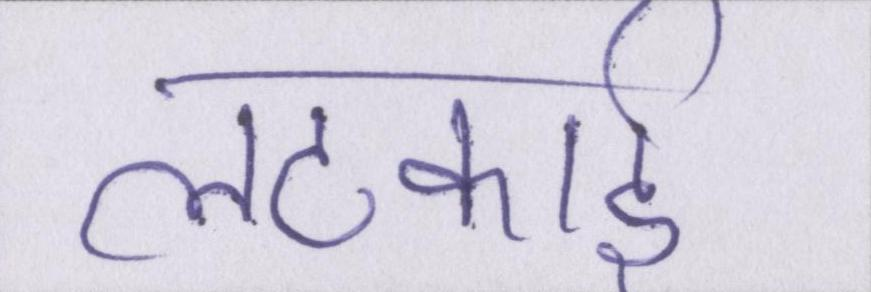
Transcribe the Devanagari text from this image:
लटकाई